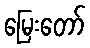
မြေးတော်